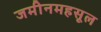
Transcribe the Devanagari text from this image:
जमीनमहसूल